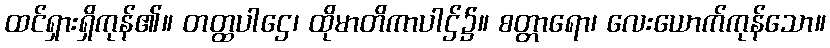
ထင်ရှားရှိကုန်၏။ တတ္ထပါဌေ၊ ထိုမာတိကာပါဌ်၌။ စတ္တာရော၊ လေးယောက်ကုန်သော။